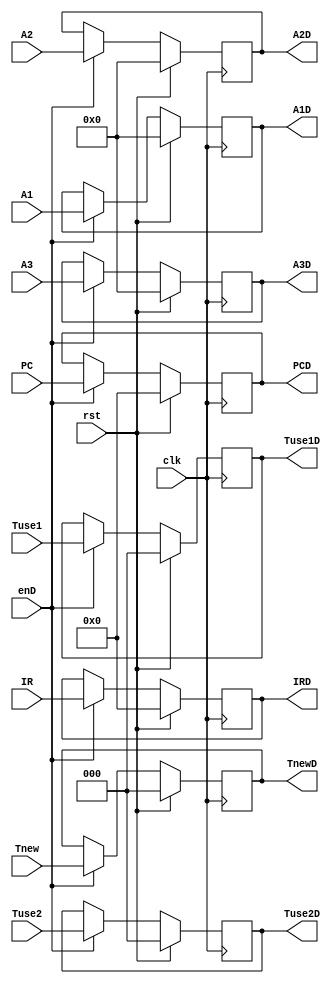
module regD(
           input clk,
           input enD,
           input rst,
           input [31:0] IR,
           input [31:0] PC,
           input [4:0] A1,
           input [4:0] A2,
           input [4:0] A3,
           input [2:0] Tnew,
           input [2:0] Tuse1,
           input [2:0] Tuse2,
           output reg [31:0] IRD,
           output reg [31:0] PCD,
           output reg [4:0] A1D,
           output reg [4:0] A2D,
           output reg [4:0] A3D,
           output reg [2:0] TnewD,
           output reg [2:0] Tuse1D,
           output reg [2:0] Tuse2D
       );
initial begin
    IRD = 0;
    PCD = 0;
    A1D = 0;
    A2D = 0;
    A3D = 0;
    TnewD = 0;
    Tuse1D = 0;
    Tuse2D = 0;
end

always @(posedge clk) begin
    if(rst) begin
        IRD <= 0;
        PCD <= 0;
        A1D <= 0;
        A2D <= 0;
        A3D <= 0;
        TnewD <= 0;
        Tuse1D <= 0;
        Tuse2D <= 0;
    end
    else if(enD) begin
        IRD <= IR;
        PCD <= PC;
        A1D <= A1;
        A2D <= A2;
        A3D <= A3;
        TnewD <= Tnew;
        Tuse1D <= Tuse1;
        Tuse2D <= Tuse2;
    end
end


endmodule